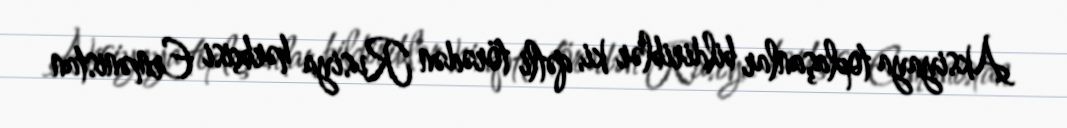
Aksiyaya toplaşanlar bildiriblər ki, qətli törədən Rusiya hərbçisi Ermənistan